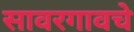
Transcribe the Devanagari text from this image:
सावरगावचे